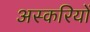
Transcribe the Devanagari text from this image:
अस्करियों